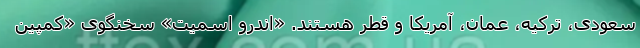
سعودی، ترکیه، عمان، آمریکا و قطر هستند. «اندرو اسمیت» سخنگوی «کمپین